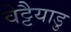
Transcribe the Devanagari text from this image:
वेट्टैयाडु